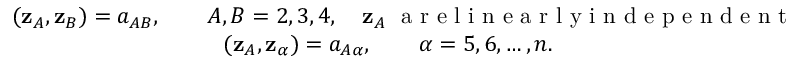
\begin{array} { r } { ( { \bf z } _ { A } , { \bf z } _ { B } ) = a _ { A B } , \qquad A , B = 2 , 3 , 4 , \quad { \bf z } _ { A } ~ \mathrm { ~ a ~ r ~ e ~ l ~ i ~ n ~ e ~ a ~ r ~ l ~ y ~ i ~ n ~ d ~ e ~ p ~ e ~ n ~ d ~ e ~ n ~ t ~ v ~ e ~ c ~ t ~ o ~ r ~ s ~ , ~ s ~ o ~ } ~ \operatorname* { d e t } a \ne 0 , } \\ { ( { \bf z } _ { A } , { \bf z } _ { \alpha } ) = a _ { A \alpha } , \qquad \alpha = 5 , 6 , \ldots , n . \qquad \qquad \qquad \qquad \qquad \qquad \qquad \qquad \qquad \qquad \qquad \quad } \end{array}